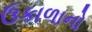
ઉકાળાનો